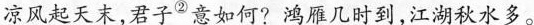
凉风起天末，君子^{②}意如何?鸿雁几时到，江湖秋水多。